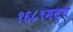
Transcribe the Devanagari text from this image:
१६८९मध्ये